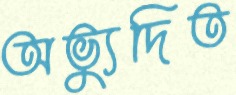
অভ্যুদিত